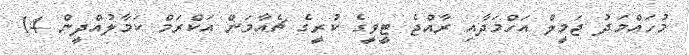
މުހައްމަދު ޖަމީލް އަހްމަދާއި ރާއްޖެ ޓީވީގެ ކުރީގެ ޗެއާމަން އަކްރަމް ކަމާލުއްދީން 14